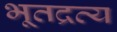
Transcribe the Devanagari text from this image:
भूतद्रव्य